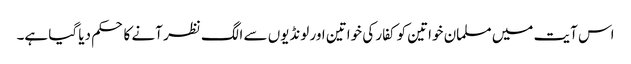
اس آیت میں مسلمان خواتین کو کفار کی خواتین اور لونڈیوں سے الگ نظر آنے کا حکم دیا گیا ہے۔